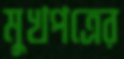
মুখপত্রের